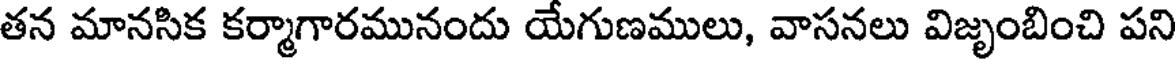
తన మానసిక కర్మాగారమునందు యేగుణములు, వాసనలు విజృంబించి పని